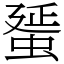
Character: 蜑